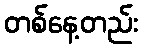
တစ်နေ့တည်း